Civil Veterinary Department Bihar & Orissa reports 1911-21 - 1911-1921
Year: 1911
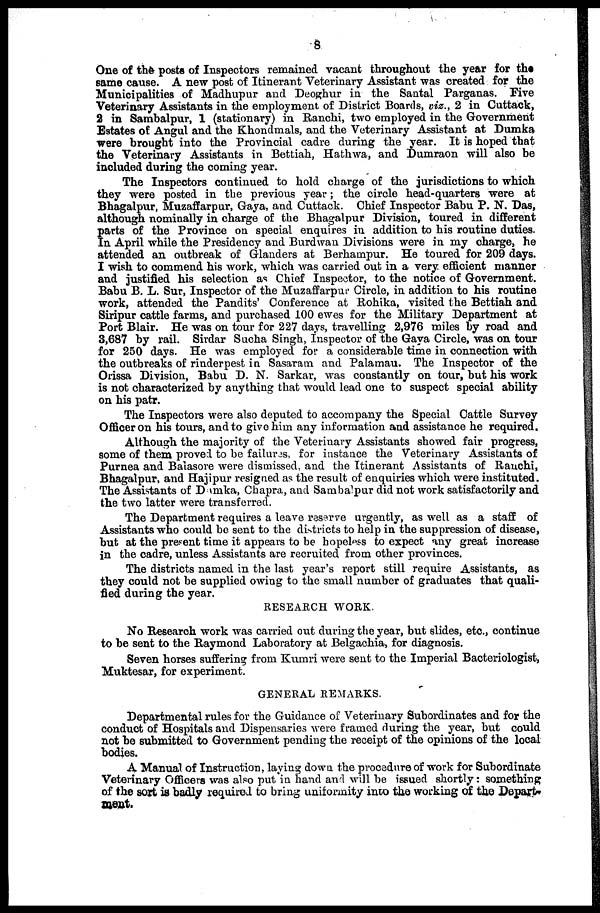
8
One of the posts of Inspectors remained vacant throughout the year for the
same cause. A new post of Itinerant Veterinary Assistant was created for the
Municipalities of Madhupur and Deoghur in the Santal Parganas. Five
Veterinary Assistants in the employment of District Boards, viz., 2 in Cuttack,
2 in Sambalpur, 1 (stationary) in Ranchi, two employed in the Government
Estates of Angul and the Khondmals, and the Veterinary Assistant at Dumka
were brought into the Provincial cadre during the year. It is hoped that
the Veterinary Assistants in Bettiah, Hathwa, and Dumraon will also be
included during the coming year.
The Inspectors continued to hold charge of the jurisdictions to which
they were posted in the previous year; the circle head-quarters were at
Bhagalpur, Muzaffarpur, Gaya, and Cuttack. Chief Inspector Babu P. N. Das,
although nominally in charge of the Bhagalpur Division, toured in different
parts of the Province on special enquires in addition to his routine duties.
In April while the Presidency and Burdwan Divisions were in my charge, he
attended an outbreak of Glanders at Berhampur. He toured for 209 days.
I wish to commend his work, which was carried out in a very efficient manner
and justified his selection as Chief Inspector, to the notice of Government.
Babu B. L. Sur, Inspector of the Muzaffarput* Circle, in addition to his routine
work, attended the Pandits' Conference at Rohika, visited the Bettiah and
Siripur cattle farms, and purchased 100 ewes for the Military Department at
Port Blair. He was on tour for 227 days, travelling 2,976 miles by road and
3,687 by rail. Sirdar Sucha Singh, Inspector of the Gaya Circle, was on tour
for 250 days. He was employed for a considerable time in connection with
the outbreaks of rinderpest in Sasaram and Palamau. The Inspector of the
Orissa Division, Babu D. N. Sarkar, was constantly on tour, but his work
is not characterized by anything that would lead one to suspect special ability
on his patr.
The Inspectors were also deputed to accompany the Special Cattle Survey
Officer on his tours, and to give him any information and assistance he required.
Although the majority of the Veterinary Assistants showed fair progress,
some of them proved to be failures, for instance the Veterinary Assistants of
Purnea and Balasore were dismissed, and the Itinerant Assistants of Ranchi,
Bhagalpur, and Hajipur resigned as the result of enquiries which were instituted.
The Assistants of Damka, Chapra, and Sambalpur did not work satisfactorily and
the two latter were transferred.
The Department requires a leave reserve urgently, as well as a staff of
Assistants who could be sent to the districts to help in the suppression of disease,
but at the present time it appears to be hopeless to expect any great increase
in the cadre, unless Assistants are recruited from other provinces.
The districts named in the last year's report still require Assistants, as
they could not be supplied owing to the small number of graduates that quali-
fied during the year.
RESEARCH WORK
No Research work was carried out during the year, but slides, etc., continue
to be sent to the Raymond Laboratory at Belgachia, for diagnosis.
Seven horses suffering from Kumri were sent to the Imperial Bacteriologist,
Muktesar, for experiment.
GENERAL REMARKS.
Departmental rules for the Guidance of Veterinary Subordinates and for the
conduct of Hospitals and Dispensaries were framed during the year, but could
not be submitted to Government pending the receipt of the opinions of the local
bodies.
A Manual of Instruction, laying down the procedure of work for Subordinate
Veterinary Officers was also put in hand and will be issued shortly: something
of the sort is badly required to bring uniformity into the working of the Depart-
meat.